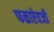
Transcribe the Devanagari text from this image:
फळाऐवजी